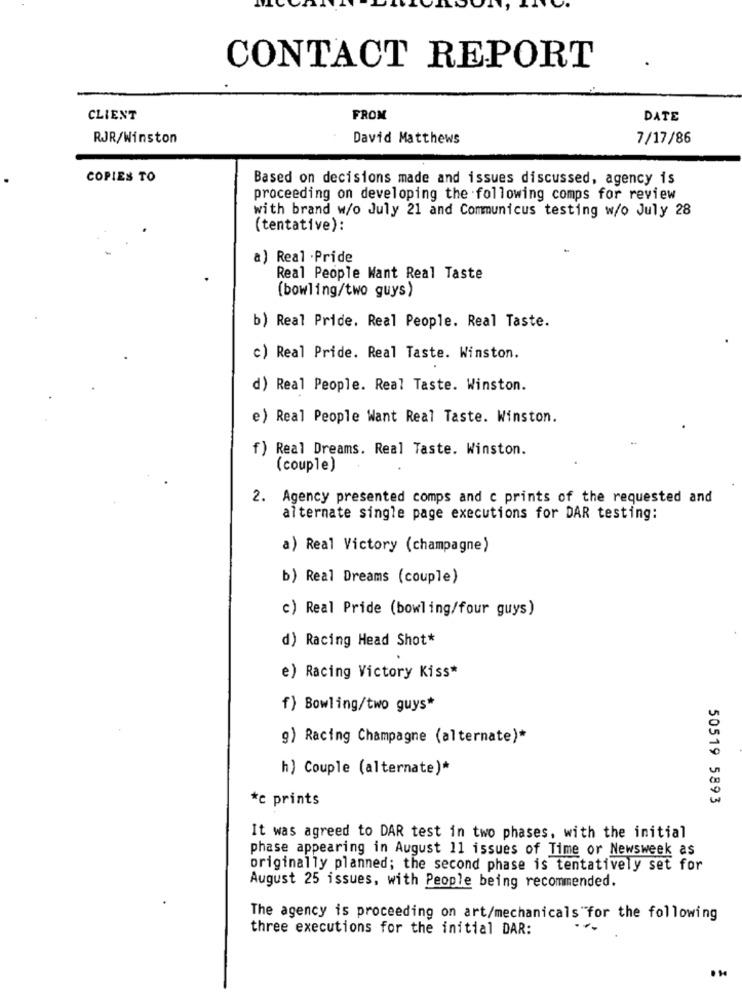
CONTACT REPORT
CLIENT
FROM
DATE
RJR/Winston
David Matthews
7/17/86
COPIES TO
Based on decisions made and issues discussed, agency is
proceeding on developing the following comps for review
with brand w/o July 21 and Communicus testing w/o July 28
(tentative):
a) Real .Pride
Real People Want Real Taste
(bowling/two guys)
b) Real Pride. Real People. Real Taste.
c) Real Pride. Real Taste. Winston.
d) Real People. Real Taste. Winston.
e) Real People Want Real Taste. Winston.
f) Real Dreams. Real Taste. Winston.
(couple)
2. Agency presented comps and c prints of the requested and
alternate single page executions for DAR testing:
a) Real Victory (champagne)
b) Real Dreams (couple)
c) Real Pride (bowling/four guys)
d) Racing Head Shot*
e) Racing Victory Kiss*
f) Bowling/two guys*
g) Racing Champagne (alternate)*
h) Couple (alternate)*
*c prints
50519 5893
It was agreed to DAR test in two phases, with the initial
phase appearing in August 11 issues of Time or Newsweek as
originally planned; the second phase is tentatively set for
August 25 issues, with People being recommended.
The agency is proceeding on art/mechanicals for the following
three executions for the initial DAR: